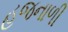
હજનાળી